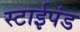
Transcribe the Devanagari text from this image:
स्टाईपंड